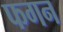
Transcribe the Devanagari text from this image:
फगन